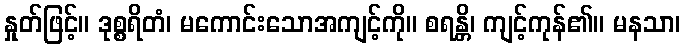
နှုတ်ဖြင့်။ ဒုစ္စရိတံ၊ မကောင်းသောအကျင့်ကို။ စရန္တိ၊ ကျင့်ကုန်၏။ မနသာ၊